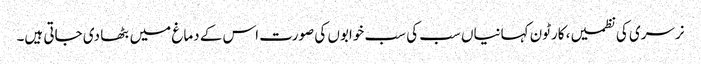
نرسری کی نظمیں، کارٹون کہانیاں سب کی سب خوابوں کی صورت اس کے دماغ میں بٹھا دی جاتی ہیں۔